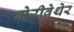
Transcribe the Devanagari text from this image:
मेरीवेथेर